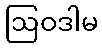
ဩဝဒါမ